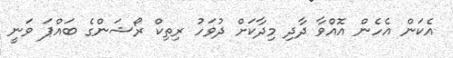
އެކަން އެހެން އޮއްވާ ދާދި މިދާކަށް ދުވަހު ރިތިކް ރޯޝަންގެ ބައްޕަ ވަނީ